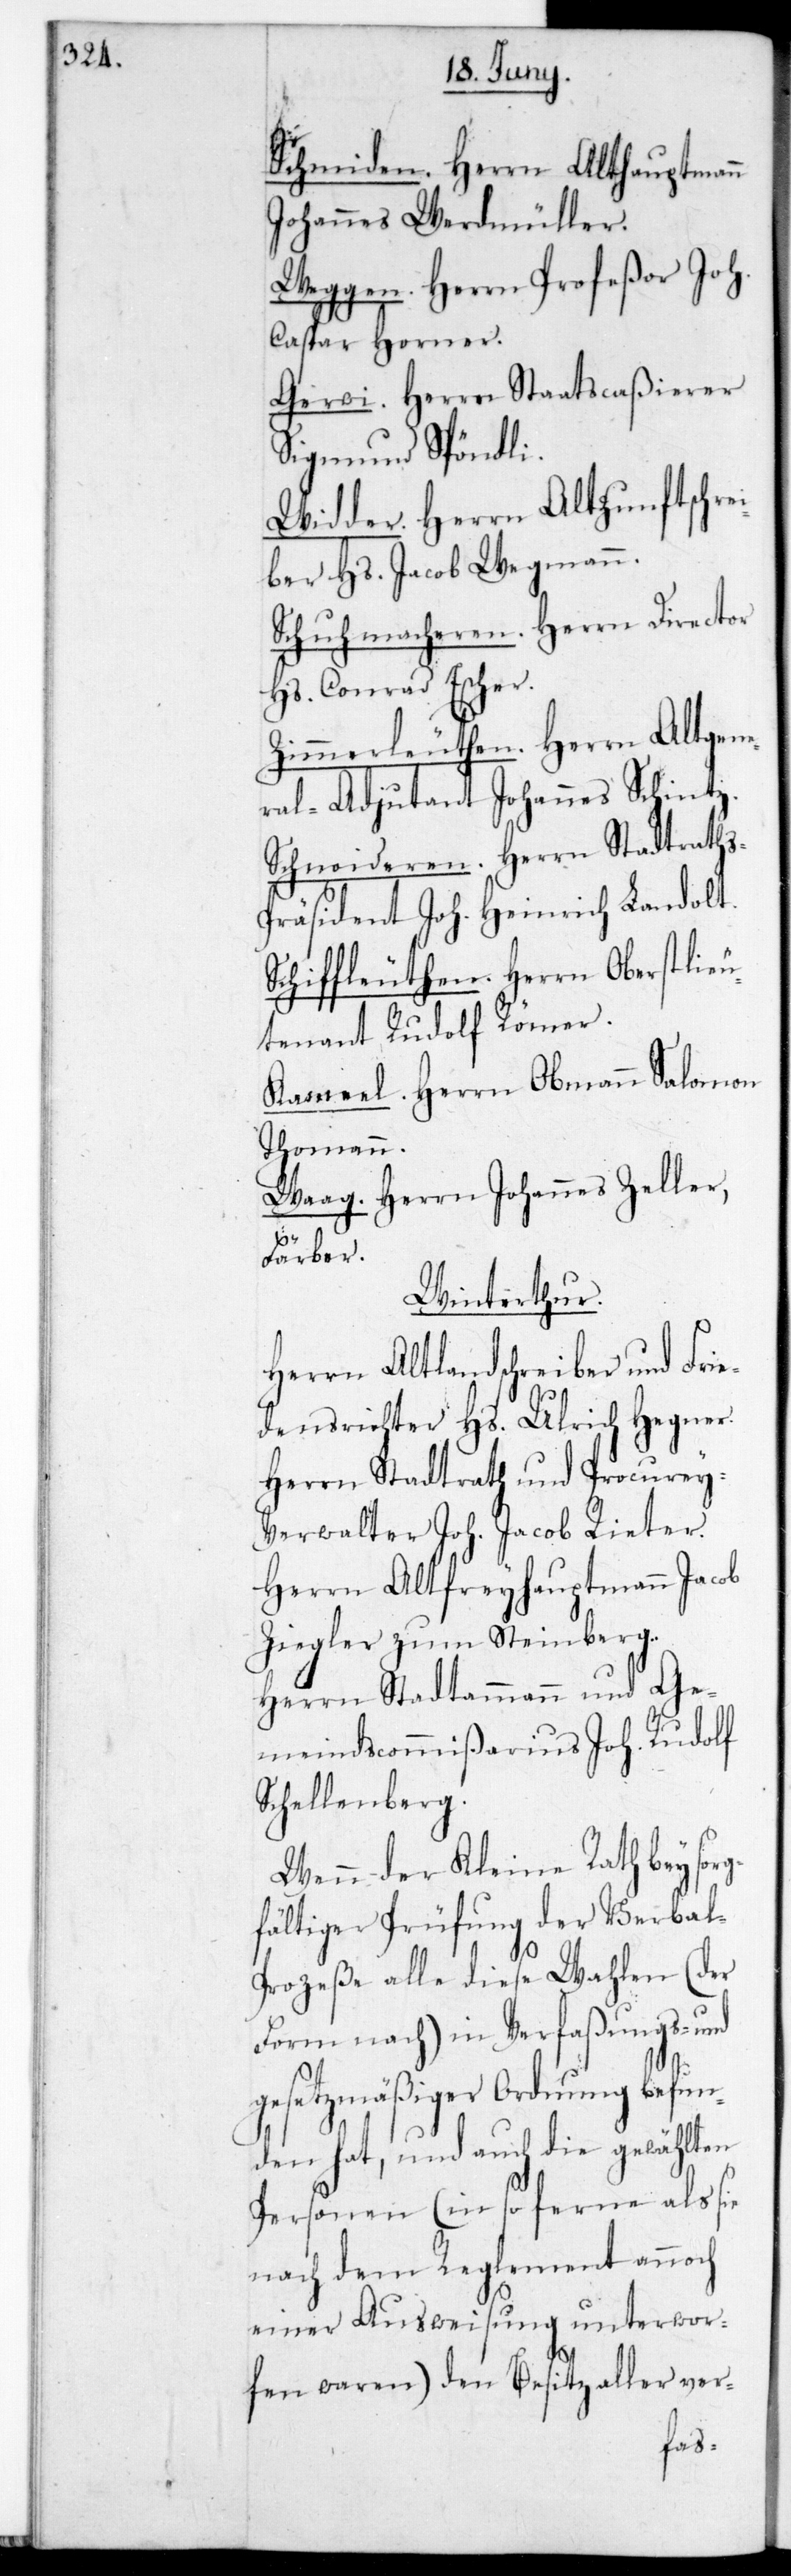
Schmiden. Herrn alt Hauptmann
Johannes Werdmüller.
Weggen. Herrn Profeßor Joh.
Caspar Horner.
Gerwi. Herrn Staatscaßierer
Sigmund Spöndli.
Widder. Herrn Altzunftschre¬
iber Hs. Jacob Wegmann.
Schuhmacheren. Herrn Director
Hs. Conrad Escher.
Zimmerleuthen. Herrn Altgen¬
eral-Adjudant Johannes Schintz.
Schneideren. Herrn Stadtraths¬
präsident Joh. Heinrich Landolt.
Schiffleuthen. Herrn Oberstlieu¬
tenant Rudolf Römer.
Kameel. Herrn Obmann Salomon
Thomann.
Waag. Herrn Johannes Zeller,
Färber.
Winterthur.
Herrn Altlandschreiber und Frie¬
densrichter Hs. Ulrich Hegner.
Herrn Stadtrath und Procurey-V¬
erwalter Joh. Jacob Rieter.
Herrn Altfreyhauptmann Jacob
Ziegler zum Steinberg.
Herrn Stadtammann und Ge¬
meinscommißarius Joh. Rudolf
Schellenberg.
Wenn der Kleine Rath bey sor¬
gfältiger Prüfung der Verbal¬
prozeße alle diese Wahlen (der
Form nach) in verfaßungs- und
gesetzmäßiger Ordnung befun¬
den hat, und auch die gewählten
Personen (in so ferne als sie
nach dem Reglement annoch
einer Ausweisung unterwor¬
fen waren) den Besitz aller ver-